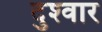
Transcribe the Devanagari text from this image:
दुश्‍वार